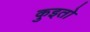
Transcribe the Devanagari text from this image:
कुइतो